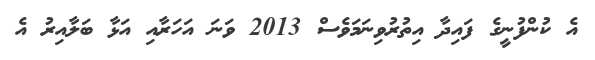
އެ ކުންފުނީގެ ފައިދާ އިތުރުވިނަމަވެސް 2013 ވަނަ އަހަރާއި އަޅާ ބަލާއިރު އެ